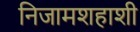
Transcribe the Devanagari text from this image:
निजामशहाशी